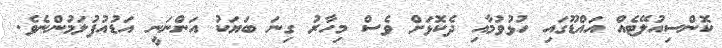
ކޮންސިއުލޭޓެއް އައްޑޫގައި ހުޅުވުމާއި ދެކޮޅަށް ވެސް މިހާރު ގިނަ ބަޔަކު އަންނަނީ އަޑުއުފުލަމުންނެވެ.